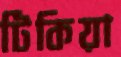
টিকিয়া